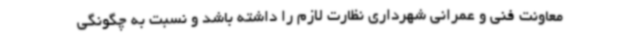
معاونت فنی و عمرانی شهرداری نظارت لازم را داشته باشد و نسبت به چگونگی